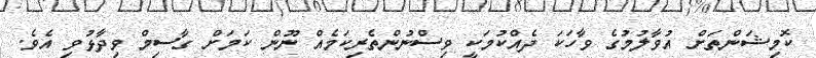
ކޮމިޝަންތަށް އުވާލުމުގެ ވާހަކަ ދެއްކުމަކީ ވިސްނުންތެރިކަމެއް ނޫން ކަމަށް ގާސިމް ވިދާޅުވި އެވެ.